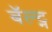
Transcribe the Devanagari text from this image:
बॅल्ट्न